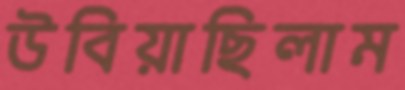
উবিয়াছিলাম